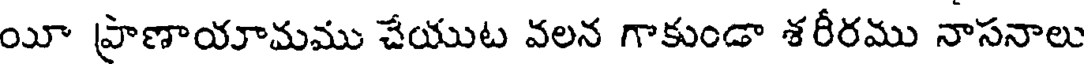
యీ ప్రాణాయామము చేయుట వలన గాకుండా శరీరము నాసనాలు